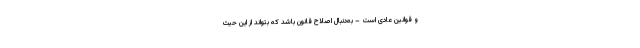
و قوانین عادی است – به‌دنبال اصلاح قانون باشد که بتواند از این حیث